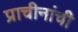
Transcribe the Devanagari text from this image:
प्राचीनांची